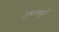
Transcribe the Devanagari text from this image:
उत्पत्ययपूर्व